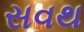
સવથ